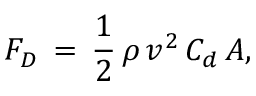
F _ { D } \, = \, { \frac { 1 } { 2 } } \, \rho \, v ^ { 2 } \, C _ { d } \, A ,